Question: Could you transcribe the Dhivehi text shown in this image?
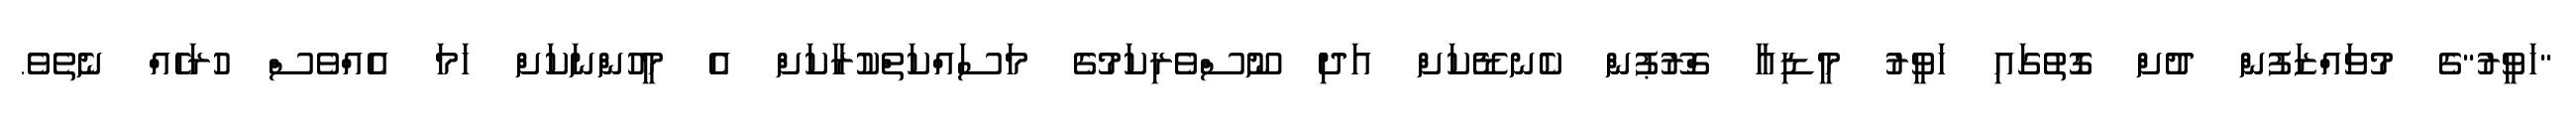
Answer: "ހަވީރު"ގެ މުވައްޒަފުން ދުށް ގޮތުގައި ހަވީރު މީޑިއާ ގްރޫޕުން ކެނޑޭކަށް އަދި ނޫސްވެރިކަމުގެ މަސައްކަތްކުރާކަށް އެ މީހުންނަކަށް ހަމަ އެއްވެސް ހުރަހެއް ނެތެވެ.